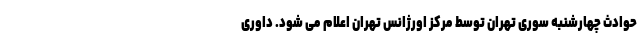
حوادث چهارشنبه سوری تهران توسط مرکز اورژانس تهران اعلام می شود. داوری